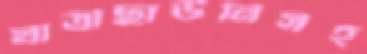
যাত্রীছাউনিসহ